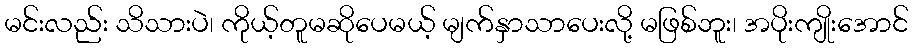
မင်းလည်း သိသားပဲ၊ ကိုယ့်တူမဆိုပေမယ့် မျက်နှာသာပေးလို့ မဖြစ်ဘူး၊ အပိုးကျိုးအောင်